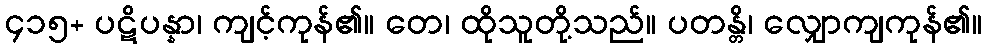
၄၁၅+ ပဋိပန္နာ၊ ကျင့်ကုန်၏။ တေ၊ ထိုသူတို့သည်။ ပတန္တိ၊ လျှောကျကုန်၏။